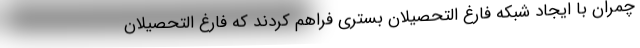
چمران با ایجاد شبکه فارغ التحصیلان بستری فراهم کردند که فارغ التحصیلان